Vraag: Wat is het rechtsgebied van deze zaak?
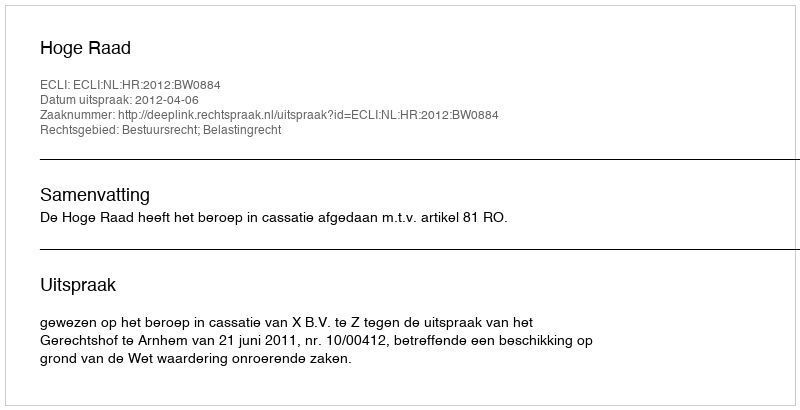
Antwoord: Bestuursrecht; Belastingrecht